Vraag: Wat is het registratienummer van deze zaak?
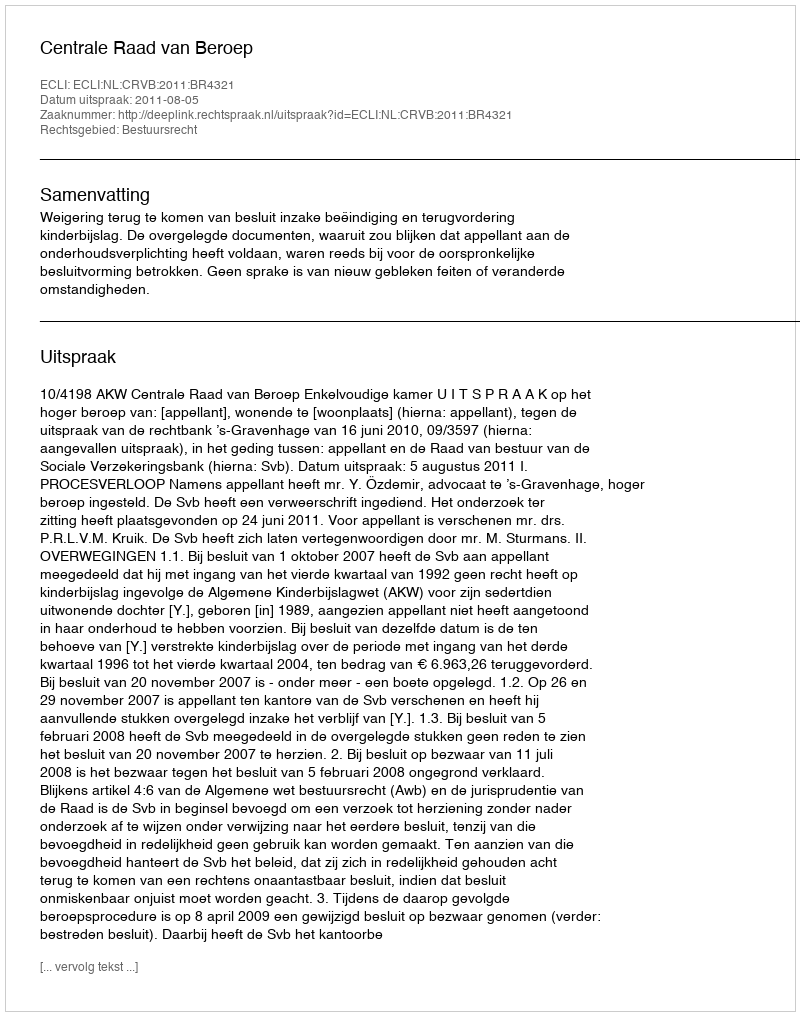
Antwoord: http://deeplink.rechtspraak.nl/uitspraak?id=ECLI:NL:CRVB:2011:BR4321